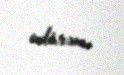
edirəm.